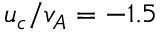
u _ { c } / v _ { A } = - 1 . 5